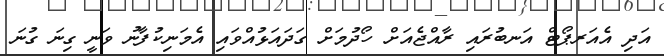
އަދި އެއަރޕޯޓް އަނބުރައި ރާއްޖެއަށް ހޯދުމަށް ގަދައަޅުއްވައި އެމަނިކުފާނު ވަނީ ގިނަ ގުނަ